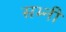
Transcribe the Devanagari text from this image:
सभ्नी